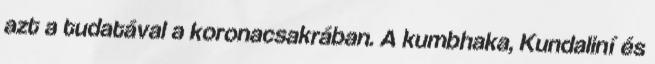
azt a tudatával a koronacsakrában. A kumbhaka, Kundaliní és